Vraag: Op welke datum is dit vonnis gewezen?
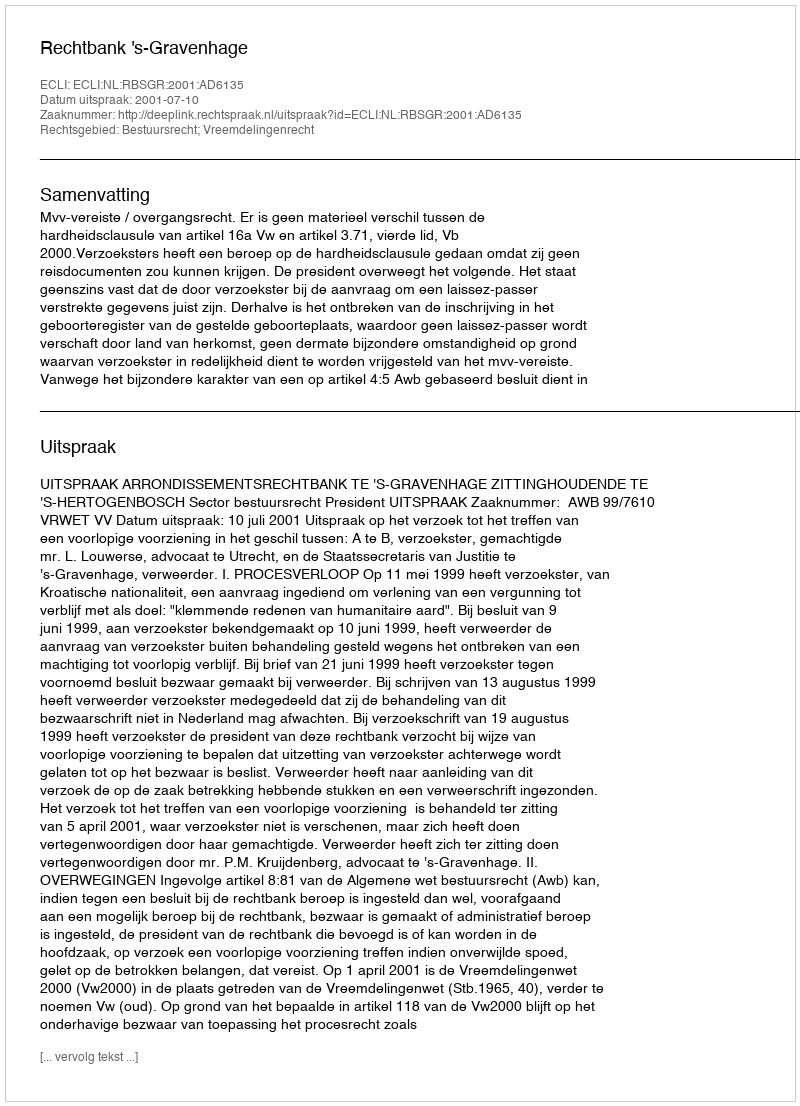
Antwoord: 2001-07-10